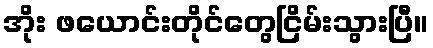
အိုး ဖယောင်းတိုင်တွေငြိမ်းသွားပြီ။